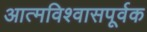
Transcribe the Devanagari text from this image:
आत्मविश्वासपूर्वक